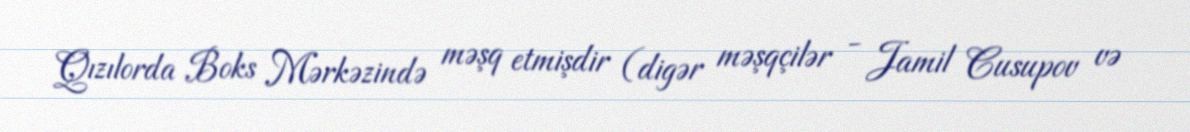
Qızılorda Boks Mərkəzində məşq etmişdir (digər məşqçilər - Jamil Cusupov və